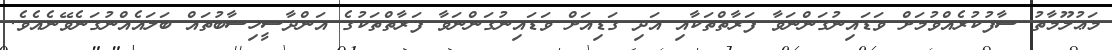
މަޢުލޫމާތު ސާފުކުރެއްވުމަށް ވަޑައިނުގަންނަވާ ފަރާތްތަކާއި އަދި ގަޑިއަށް ވަޑައިނުގަންނަވާ ފަރާތްތަކުގެ އަންދާސީހިސާބުތައް ބަލައެއްނުގަނެވޭނެއެވެ.